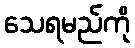
သေရမည်ကို